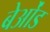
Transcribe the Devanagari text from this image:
बेओंड